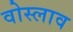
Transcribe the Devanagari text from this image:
वोस्लाव